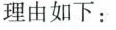
理由如下：